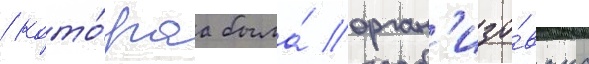
/ кото́раа была́ орган'изо́вана